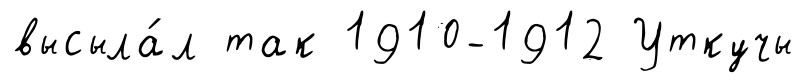
высыла́л так 1910-1912 Уткучы